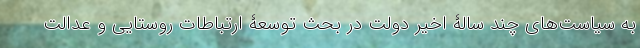
به سیاست‌های چند سالۀ اخیر دولت در بحث توسعۀ ارتباطات روستایی و عدالت